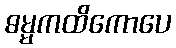
ဓမ္မကထိကောပေ